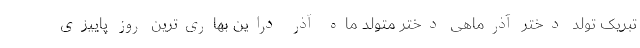
تبریک تولد دختر آذرماهی دختر متولد ماه آذر دراین بهاری‌ترین روز پاییزی